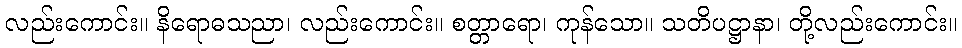
လည်းကောင်း။ နိရောဓသညာ၊ လည်းကောင်း။ စတ္တာရော၊ ကုန်သော။ သတိပဋ္ဌာနာ၊ တို့လည်းကောင်း။